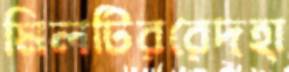
মিলটিররেদহা